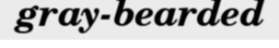
gray-bearded